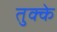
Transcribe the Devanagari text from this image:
तुक्के